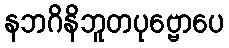
နဘဂိနိဘူတပုဗ္ဗောပေ